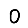
Digit: 0